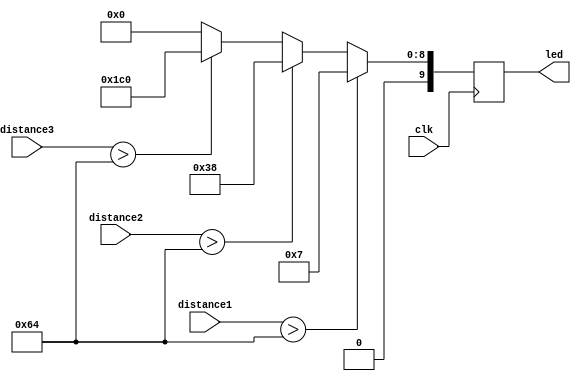
module Limit(		//limit in cm 
	input wire clk,
	input wire [11:0] distance1,
	input wire [11:0] distance2,
	input wire [11:0] distance3,
	
	output reg [9:0] led
	
);
parameter limitInCm = 100;

always @(posedge clk)
	begin	
		if (distance1 > limitInCm)
			led <= 9'b000000111;
		else if (distance2 > limitInCm)
			led <= 9'b000111000;
		else if (distance3 > limitInCm)
			led <= 9'b111000000;
		else
			led <= 9'b000000000;
	end
	
endmodule